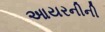
આયરનીની